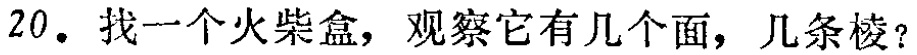
20. 找一个火柴盒，观察它有几个面，几条棱？